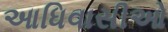
આધિવાસીઓ